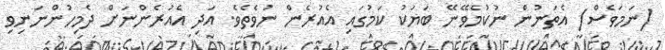
(ނަމަވެސް) އެތަނުން ނުކުމެވޭނޭ ބަޔަކު ކަމުގައި އެއުރެން ނުވެތެވެ. އަދި އެއުރެންނަށް ދެމިހުންނަނިވި